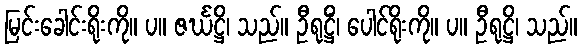
မြင်းခေါင်းရိုးကို။ ပ။ ဇင်္ဃဋ္ဌိ၊ သည်။ ဦရုဋ္ဌိံ၊ ပေါင်ရိုးကို။ ပ။ ဦရုဋ္ဌိ၊ သည်။